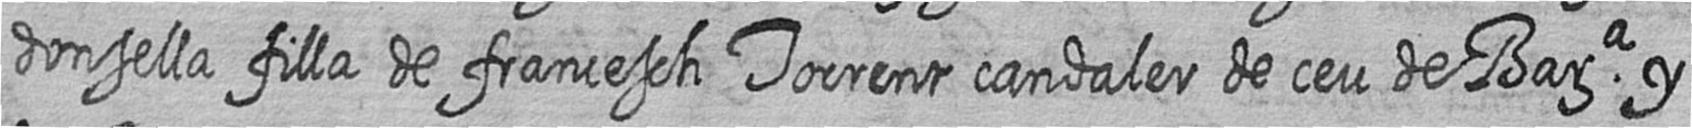
donsella filla de francesch Torrent candaler de ceu de Bara y